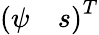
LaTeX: \left(\begin{array}{ll}{\psi}&{s}\end{array}\right)^{T}